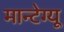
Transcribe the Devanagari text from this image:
मान्टेग्यू